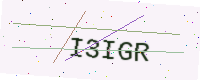
Text: I3IGR